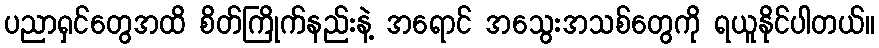
ပညာရှင်တွေအထိ စိတ်ကြိုက်နည်းနဲ့ အရောင် အသွေးအသစ်တွေကို ရယူနိုင်ပါတယ်။